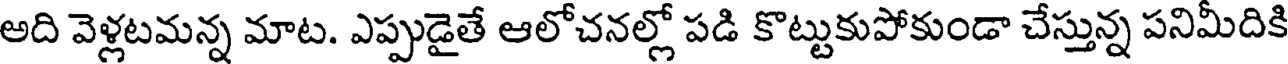
అది వెళ్లటమన్న మాట. ఎప్పుడైతే ఆలోచనల్లో పడి కొట్టుకుపోకుండా చేస్తున్న పనిమీదికి